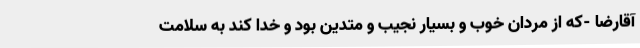
آقارضا -که از مردان خوب و بسیار نجیب و متدین بود و خدا کند به سلامت